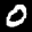
Label: 0